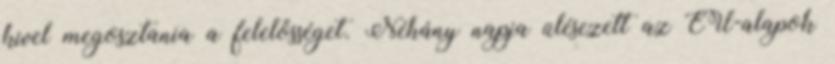
kivel megosztania a felelősséget. Néhány napja ülésezett az EU-alapok